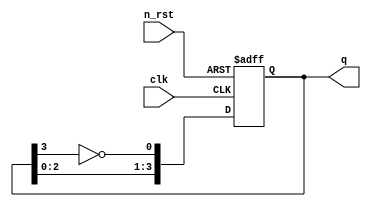
module j_cnt(
    input clk,
    input n_rst,
    output reg [3:0] q
);


always @(posedge clk or negedge n_rst) begin
    if (!n_rst) 
        q <= 4'b0000;
    else begin
        q[0] <= ~q[3];
        q[1] <= q[0];
        q[2] <= q[1];
        q[3] <= q[2];
    end

end




endmodule